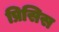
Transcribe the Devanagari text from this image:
प्रिसिस